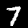
Digit: 7